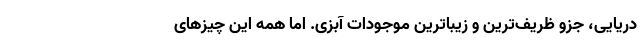
دریایی، جزو ظریف‌ترین و زیباترین موجودات آبزی. اما همه این چیز‌های